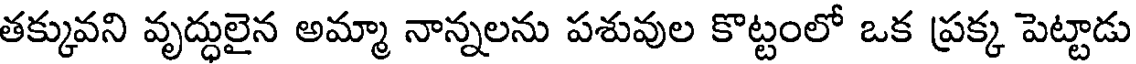
తక్కువని వృద్ధులైన అమ్మా నాన్నలను పశువుల కొట్టంలో ఒక ప్రక్క పెట్టాడు